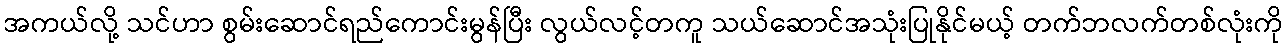
အကယ်လို့ သင်ဟာ စွမ်းဆောင်ရည်ကောင်းမွန်ပြီး လွယ်လင့်တကူ သယ်ဆောင်အသုံးပြုနိုင်မယ့် တက်ဘလက်တစ်လုံးကို